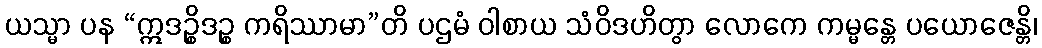
ယသ္မာ ပန “ဣဒဉ္စိဒဉ္စ ကရိဿာမာ”တိ ပဌမံ ဝါစာယ သံဝိဒဟိတွာ လောကေ ကမ္မန္တေ ပယောဇေန္တိ၊